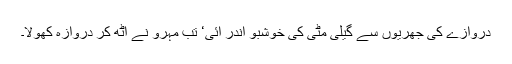
دروازے کی جھریوں سے گیلی مٹی کی خوشبو اندر آئی‘ تب مہرو نے اٹھ کر دروازہ کھولا۔